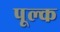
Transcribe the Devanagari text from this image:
पूल्क